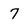
Character: 7